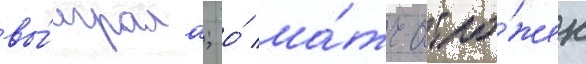
вы́играла; о́ ма́тч отло́жен